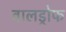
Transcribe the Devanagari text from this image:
वालड्रोफ